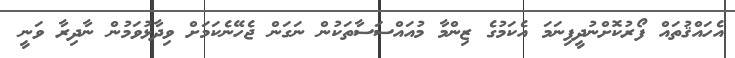
އެހައްޤުތައް ފޯރުކޮށްނުދީފިނަމަ އެކަމުގެ ޒިންމާ މުއައްސަސާތަކުން ނަގަން ޖެހޭނެކަމަށް ވިދާޅުވަމުން ނާދިރާ ވަނީ